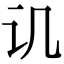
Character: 讥